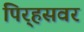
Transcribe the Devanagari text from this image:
पिर्‍हसवर